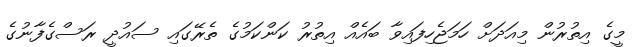
މީގެ އިތުރުން މިއަދަށް ހަމަޖެހިފައިވާ ބައެއް އިތުރު ކަންކަމުގެ ތެރޭގައި ސައުދީ ރަސްގެފާނުގެ